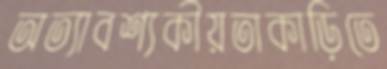
অত্যাবশ্যকীয়তাকাড়িতে